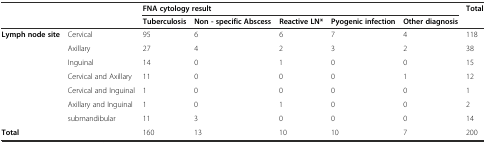
<table><thead><tr><td rowspan="2" colspan="2"><b>Dummy</b></td><td colspan="5"><b>FNA cytology result</b></td><td rowspan="2"><b>Total</b></td></tr><tr><td><b>Tuberculosis</b></td><td><b>Non - specific Abscess</b></td><td><b>Reactive LN*</b></td><td><b>Pyogenic infection</b></td><td><b>Other diagnosis</b></td></tr></thead><tbody><tr><td rowspan="7"><b>Lymph node site</b></td><td>Cervical</td><td>95</td><td>6</td><td>6</td><td>7</td><td>4</td><td>118</td></tr><tr><td>Axillary</td><td>27</td><td>4</td><td>2</td><td>3</td><td>2</td><td>38</td></tr><tr><td>Inguinal</td><td>14</td><td>0</td><td>1</td><td>0</td><td>0</td><td>15</td></tr><tr><td>Cervical and Axillary</td><td>11</td><td>0</td><td>0</td><td>0</td><td>1</td><td>12</td></tr><tr><td>Cervical and Inguinal</td><td>1</td><td>0</td><td>0</td><td>0</td><td>0</td><td>1</td></tr><tr><td>Axillary and Inguinal</td><td>1</td><td>0</td><td>1</td><td>0</td><td>0</td><td>2</td></tr><tr><td>submandibular</td><td>11</td><td>3</td><td>0</td><td>0</td><td>0</td><td>14</td></tr><tr><td colspan="2"><b>Total</b></td><td>160</td><td>13</td><td>10</td><td>10</td><td>7</td><td>200</td></tr></tbody></table>